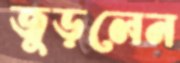
জুড়লেন